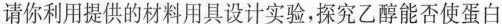
请你利用提供的材料用具设计实验，探究乙醇能否使蛋白